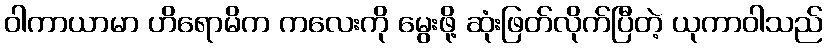
ဝါကာယာမာ ဟိရောမိက ကလေးကို မွေးဖို့ ဆုံးဖြတ်လိုက်ပြီတဲ့ ယုကာဝါသည်